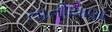
તાતીયાણા